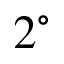
2 ^ { \circ }